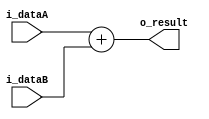
module GenericAdder // Former "Sumador"
    #(
        parameter LEN = 32
    )
    (
        input  wire [LEN-1:0] i_dataA,
        input  wire [LEN-1:0] i_dataB,
        output wire [LEN-1:0] o_result
    );
    
    assign o_result = i_dataA + i_dataB;
    
endmodule